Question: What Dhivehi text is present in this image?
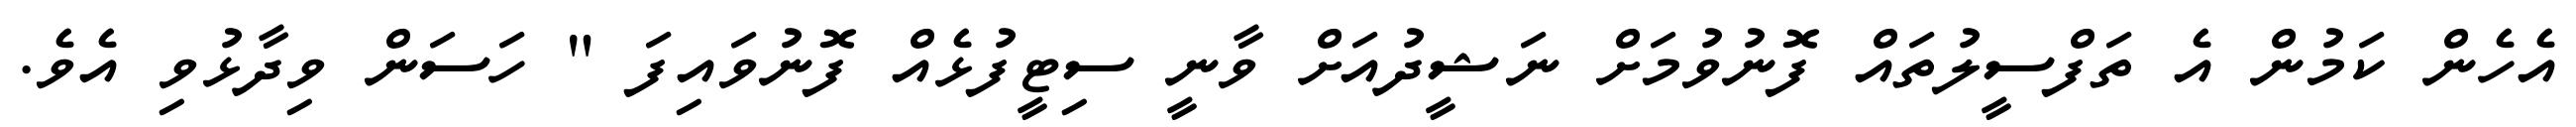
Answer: އެހެން ކަމުން އެ ތަފްސީލުތައް ފޮނުވުމަށް ނަޝީދުއަށް ވާނީ ސިޓީފުޅެއް ފޮނުވައިފަ " ހަސަން ވިދާޅުވި އެވެ.